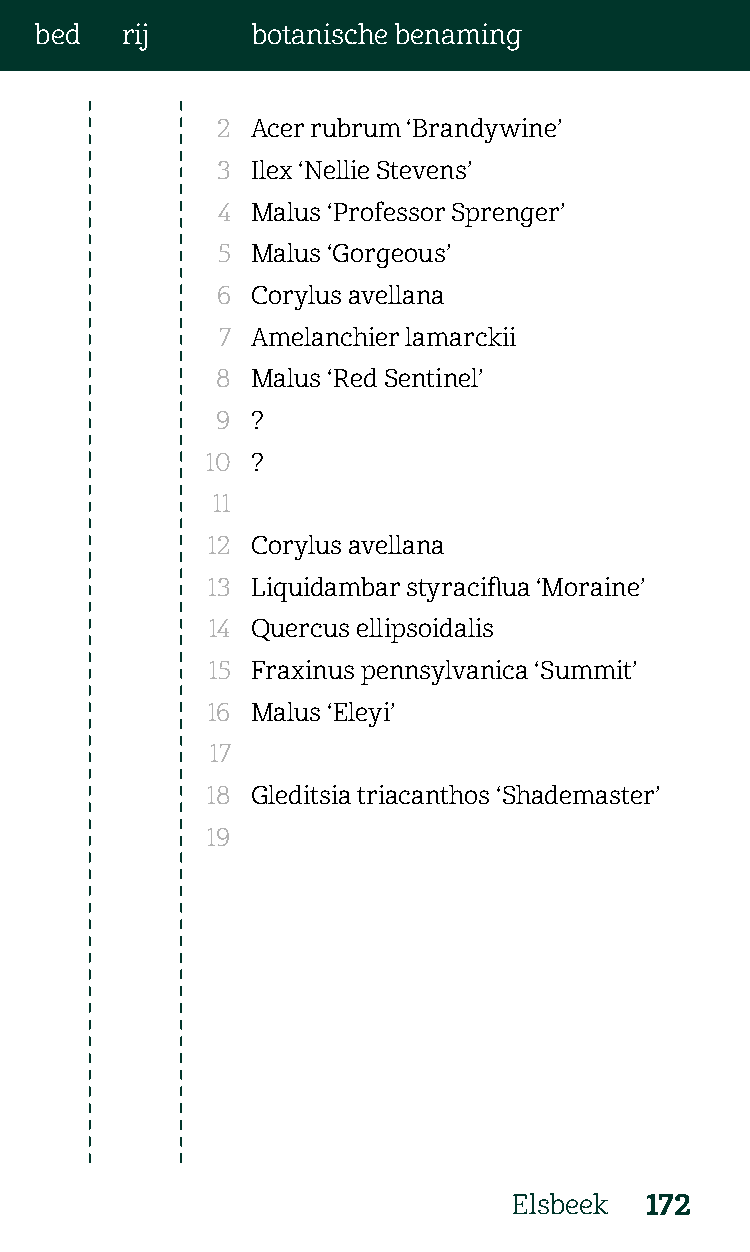
bed   rij      botanische benaming
 2  Acer rubrum ‘Brandywine’
 3  Ilex ‘Nellie Stevens’
 4  Malus ‘Professor Sprenger’
 5  Malus ‘Gorgeous’
 6  Corylus avellana
 7  Amelanchier lamarckii
 8  Malus ‘Red Sentinel’
 9  ?
 10 ?
 11
 12 Corylus avellana
 13 Liquidambar styraciflua ‘Moraine’
 14 Quercus ellipsoidalis
 15 Fraxinus pennsylvanica ‘Summit’
 16 Malus ‘Eleyi’
 17
 18 Gleditsia triacanthos ‘Shademaster’
 19
 Elsbeek  172